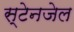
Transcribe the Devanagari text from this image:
स्टेनजेल